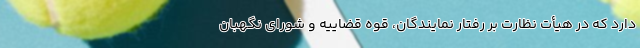
دارد که در هیأت نظارت بر رفتار نمایندگان، قوه قضاییه و شورای نگهبان